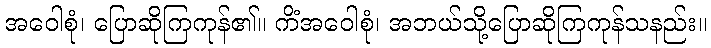
အဝေါစုံ၊ ပြောဆိုကြကုန်၏။ ကိံအဝေါစုံ၊ အဘယ်သို့ပြောဆိုကြကုန်သနည်း။